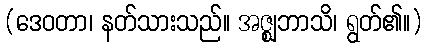
(ဒေဝတာ၊ နတ်သားသည်။ အဇ္ဈဘာသိ၊ ရွတ်၏။)